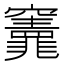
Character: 𮄣